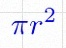
\pi r^2